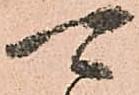
可